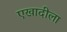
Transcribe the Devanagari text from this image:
एखादीला